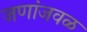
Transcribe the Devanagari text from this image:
जणांजवळ